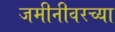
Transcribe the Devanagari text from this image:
जमीनीवरच्या